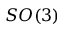
S O ( 3 )